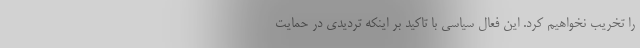
را تخریب نخواهیم کرد. این فعال سیاسی با تاکید بر اینکه تردیدی در حمایت